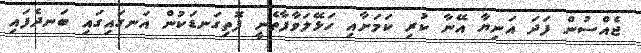
ޖެއްސުން ފަދަ އަނިޔާ އޭނާ ކުރި ކަމަށާއި ހަޅޭލަވާފާތެނީ ފޮތިގަނޑަކުން އަނގައިގައި ބަނދެފައި